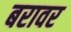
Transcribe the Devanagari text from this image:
बरावर